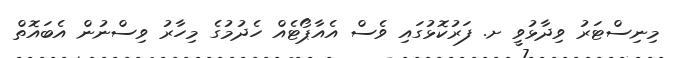
މިނިސްޓަރު ވިދާޅުވީ ށ. ފަރުކޮޅުގައި ވެސް އެއާޕޯޓެއް ހެދުމުގެ މިހާރު ވިސްނުން އެބައޮތް